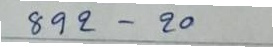
892 - 20